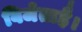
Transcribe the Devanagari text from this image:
विजेताहै।